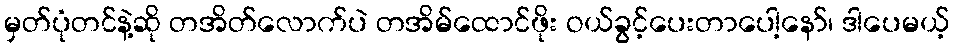
မှတ်ပုံတင်နဲ့ဆို တအိတ်လောက်ပဲ တအိမ်ထောင်ဖိုး ဝယ်ခွင့်ပေးတာပေါ့နော်၊ ဒါပေမယ့်